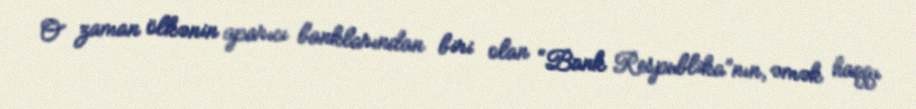
O zaman ölkənin aparıcı banklarından biri olan “Bank Respublika”nın, əmək haqqı